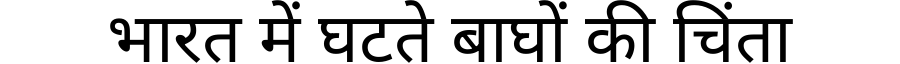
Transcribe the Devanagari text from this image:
भारत में घटते बाघों की चिंता